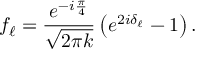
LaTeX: f _ { \ell } = \frac { e ^ { - i \frac { \pi } { 4 } } } { \sqrt { 2 \pi k } } \left( e ^ { 2 i \delta _ { \ell } } - 1 \right) . \nonumber